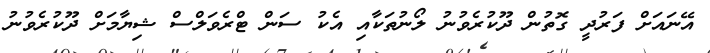
އޭނައަށް ފަރުދީ ގޮތުން ދޫކުރެވުނު ލޯނުތަކާއި އެކު ސަން ޓްރެވަލްސް ޝިޔާމަށް ދޫކުރެވުނު